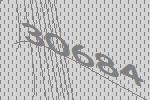
30684